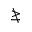
\ngeq